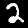
Label: 2